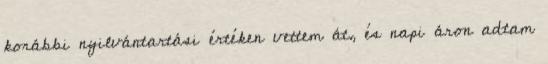
korábbi nyilvántartási értéken vettem át, és napi áron adtam